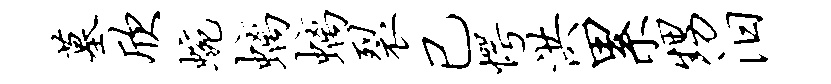
墓欣蜿螭螭裂已愕洪累甥汨